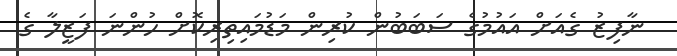
ނާފިޒު ގެއަށް އައުމުގެ ސަބަބުން ކުރިން މަޑުމައިތިރިކޮށް ހުންނަ ފަޒީލާ ގެ